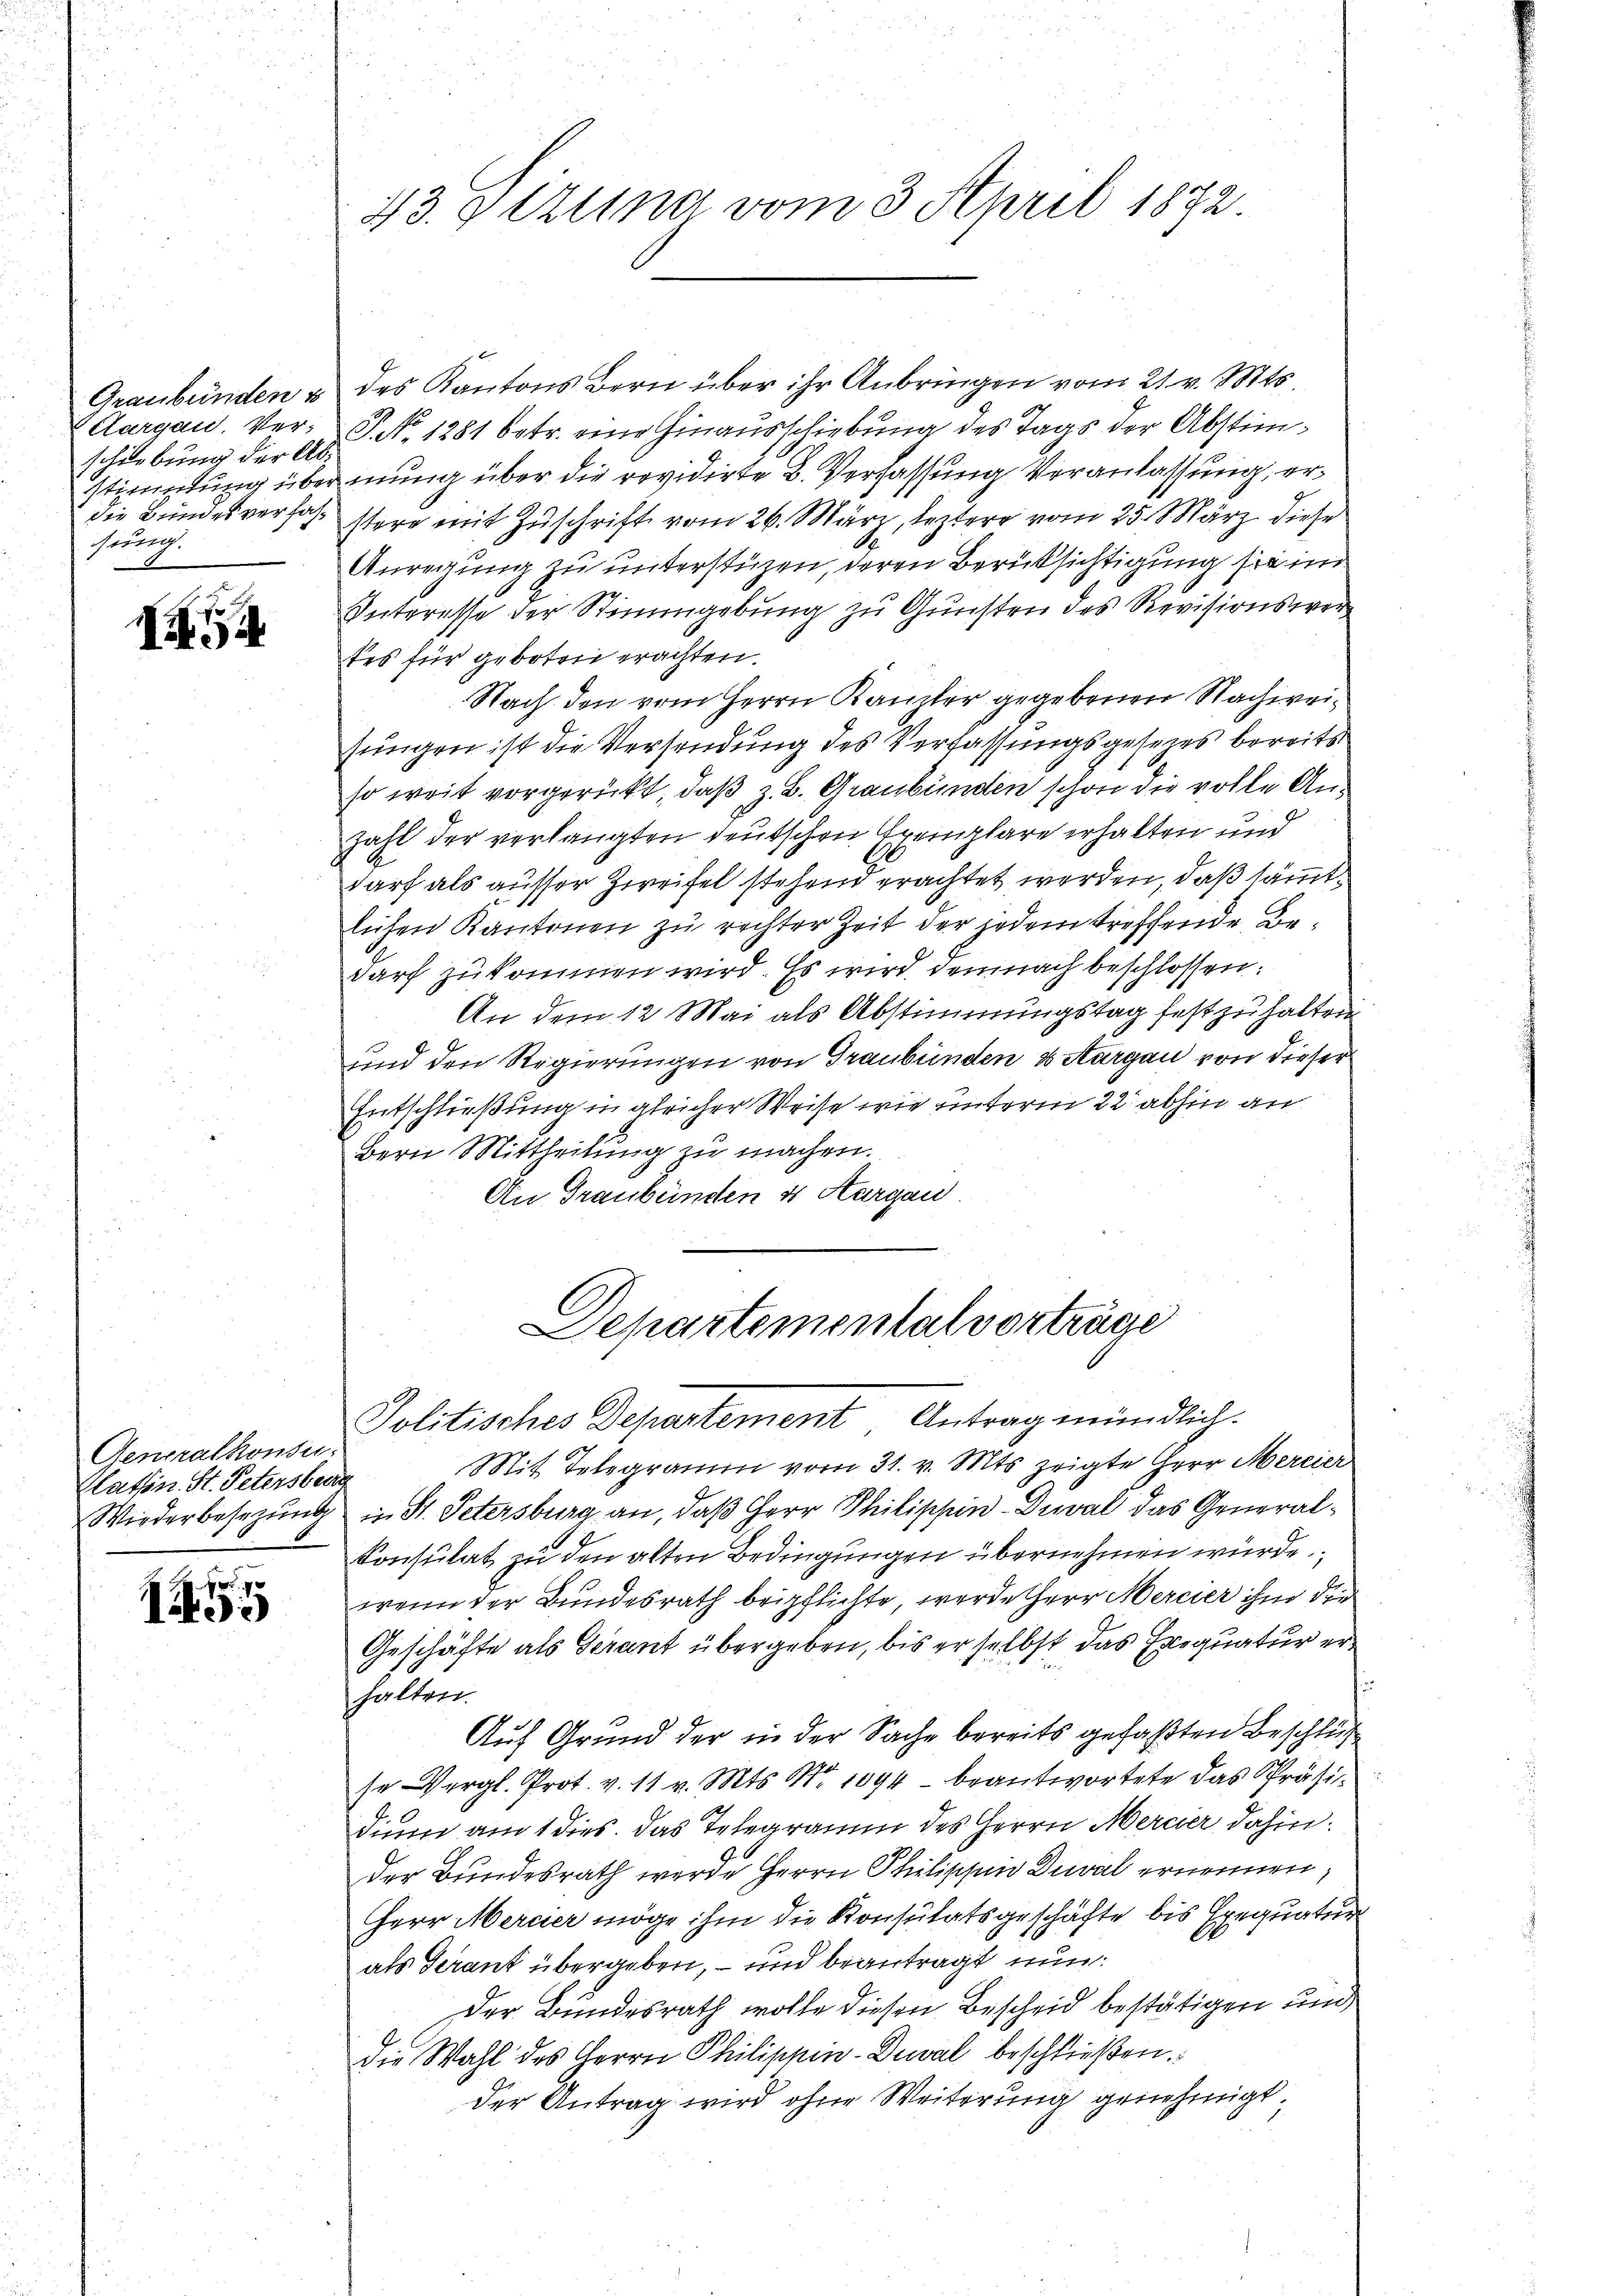
schiebung der Absung.

.

Graubünden & des Kantons Bern über ihr Anbringen vom 21. v. Mts.
Aargau. Ver- P. No 1281 betr. eine Hinausschiebung des Tags der Abstimstimmung über mung über die revidirte B. Verfassung Veranlassung, erdie Bundesverfasstere mit Zuschrift vom 26. März, leztere vom 25. März diese
Anregung zu unterstüzen, deren Berüksichtigung sie im
Interesse der Stimmgebung zu Gunsten des Revisionswer
tes für geboten erachten.
Nach den vom Herrn Kanzler gegebenen Nachweisungen ist die Versendung des Verfassungsgesezes bereits
so weit vorgerückt, daß z. B. Graubünden schon die volle An¬
Zahl der verlangten deutschen Exemplare erhalten und
darf als ausser Zweifel stehend erachtet werden, daß sämmtlichen Kantonen zu rechter Zeit der jedem treffende Bedarf zukommen wird. Es wird demnach beschlossen:
An dem 12 Mai als Abstimmungstag festzuhalten
sind den Regierungen von Graubünden & Aargau von dieser
Entschließung in gleicher Weise wie unterm 22 abhin an
bern Mittheilung zu machen.
An Graubünden 4 Aargau

Generalkonsu
Kathen St. Petersberg

145

43. Pizuna vom 3. April 1872.

Departementat vorträge
Politisches Departement Antrag mündlich.

Mit Telegramm vom 31. v. Mts. zeigte Herr Mercier
Wiederbesezung in St. Petersburg an, daß Herr Philippin-Duval das General¬
Konsulat zu den alten Bedingungen übernehmen würde.
wenn der Bundesrath beipflichte, werde Herr Mercier ihm der
Geschäfte als Gerant übergeben, bis er selbst das Exequatur er
halten.
Auf Grund der in der Sache bereits gefaßten Beschluß
se Vergl. Prot. v. 11 v. Mts. Nr. 1094 beantwortete das Präsi
dium am 1 dies. Das Telegramm des Herrn Mercier dahin.
der Bundesrath werde Herrn Philischen Deval ernennen,
Herr Mercier möge ihm die Konsulatsgeschäfte bis Exequatur
als Gerant übergeben, – und beantragt nun:
Der Bundesrath wolle diesen Bescheid bestätigen und
die Wahl des Herrn Philippin-Deval beschließen.
der Antrag wird ohne Weiterung genehmigt.

¬